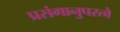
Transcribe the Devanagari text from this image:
प्रसंगानुपरत्वे